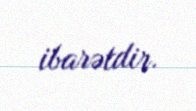
ibarətdir.